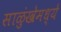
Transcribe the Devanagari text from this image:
साळुंखेमध्ये